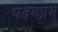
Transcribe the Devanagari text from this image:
पदमप्रभु